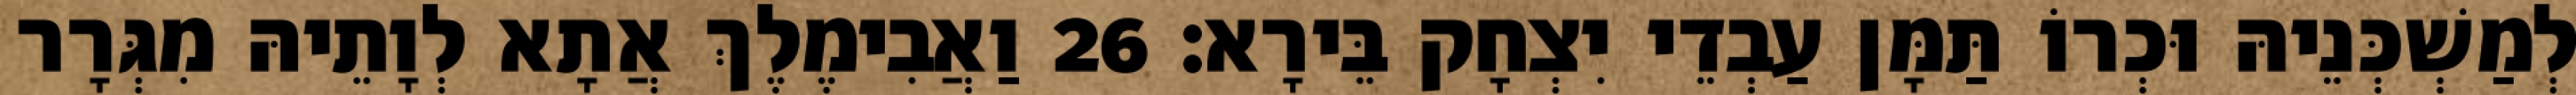
לְמַשְׁכְּנֵיהּ וּכְרוֹ תַּמָּן עַבְדֵי יִצְחָק בֵּירָא׃ 26 וַאֲבִימֶלֶךְ אֲתָא לְוָתֵיהּ מִגְּרָר